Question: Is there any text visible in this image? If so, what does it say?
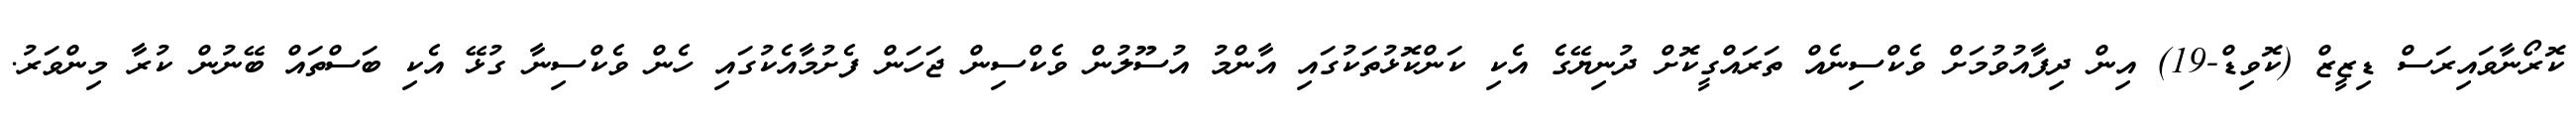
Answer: ކޮރޯނާވައިރަސް ޑިޒީޒް (ކޮވިޑް-19) އިން ދިފާއުވުމަށް ވެކްސިނެއް ތަރައްގީކޮށް ދުނިޔޭގެ އެކި ކަންކޮޅުތަކުގައި އާންމު އުސޫލުން ވެކްސިން ޖަހަން ފެށުމާއެކުގައި ހެން ވެކްސިނާ ގުޅޭ އެކި ބަސްތައް ބޭނުން ކުރާ މިންވަރު.